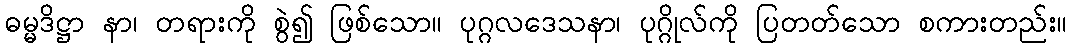
ဓမ္မဒိဋ္ဌာ နာ၊ တရားကို စွဲ၍ ဖြစ်သော။ ပုဂ္ဂလဒေသနာ၊ ပုဂ္ဂိုလ်ကို ပြတတ်သော စကားတည်း။